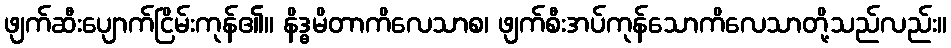
ဖျက်ဆီးပျောက်ငြိမ်းကုန်၏။ နိဒ္ဓမိတာကိလေသာစ၊ ဖျက်စီးအပ်ကုန်သောကိလေသာတို့သည်လည်း။